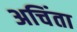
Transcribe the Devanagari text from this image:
अचिंता